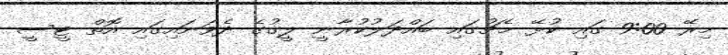
މިރޭ 9:00 ގައި ކުޅޭ މެޗުގައި ބައްދަލުކުރާނީ ލީގުގެ ދެވަނައިގައި އޮތް ޓީސީ